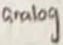
Text: analog